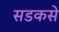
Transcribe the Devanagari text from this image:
सडकसे